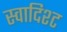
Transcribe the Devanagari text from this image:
स्वादिश्ट